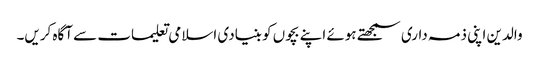
والدین اپنی ذمہ داری سمجھتے ہوئے اپنے بچوں کو بنیادی اسلامی تعلیمات سے آگاہ کریں۔